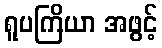
ရူပကြိယာ အဖွင့်